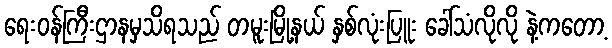
ရေးဝန်ကြီးဌာနမှသိရသည် တမူးမြို့နယ် နှစ်လုံးပြူး ခေါ်သံလိုလို နဲ့ကတော့